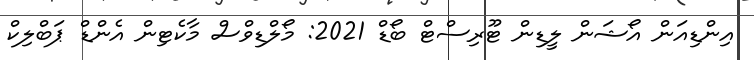
އިންޑިއަން އޯޝަން ލީޑިން ޓޫރިސްޓް ބޯޑް 2021: މޯލްޑިވްސް މާކެޓިން އެންޑް ޕަބްލިކް